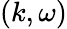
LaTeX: (k,\omega)